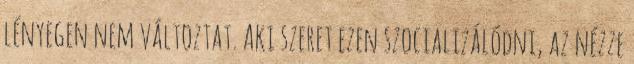
lényegen nem változtat. Aki szeret ezen szocializálódni, az nézze